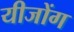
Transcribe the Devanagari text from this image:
यीजोंग